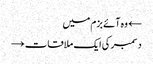
← وہ آئے بزم میں
دسمبر کی ایک ملاقات →